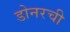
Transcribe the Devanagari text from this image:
डोनरची